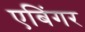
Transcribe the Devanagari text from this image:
एबिंगर